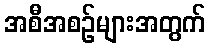
အစီအစဉ်များအတွက်